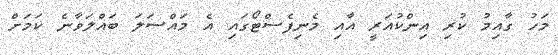
މަހު ގާއިމު ކުރި އިންކުއަރީ އާއި މެނިފެސްޓޯގައި އެ މައްސަލަ ބައްލަވާނެ ކަމަށް